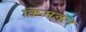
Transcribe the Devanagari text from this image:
क्रिमनल